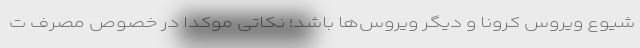
شیوع ویروس کرونا و دیگر ویروس‌ها باشد؛ نکاتی موکدا در خصوص مصرف ت